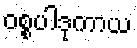
ဝစ္စပါဒုကာယ